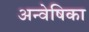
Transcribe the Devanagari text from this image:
अन्वेषिका